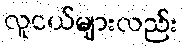
လူငယ်များလည်း